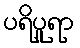
ပရိပူရာ